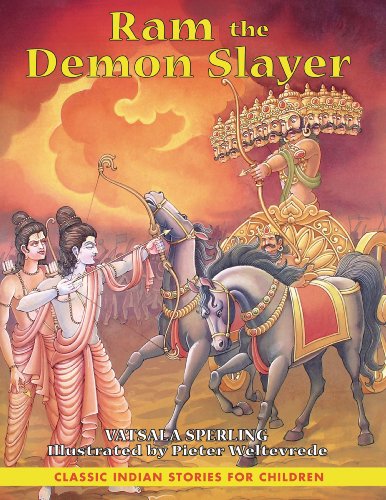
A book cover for Ram the Demon Slayer; Vatsala Sperling; Children's Books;